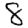
Digit: 8